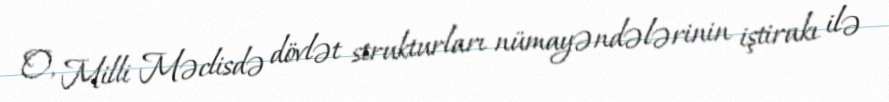
O, Milli Məclisdə dövlət strukturları nümayəndələrinin iştirakı ilə